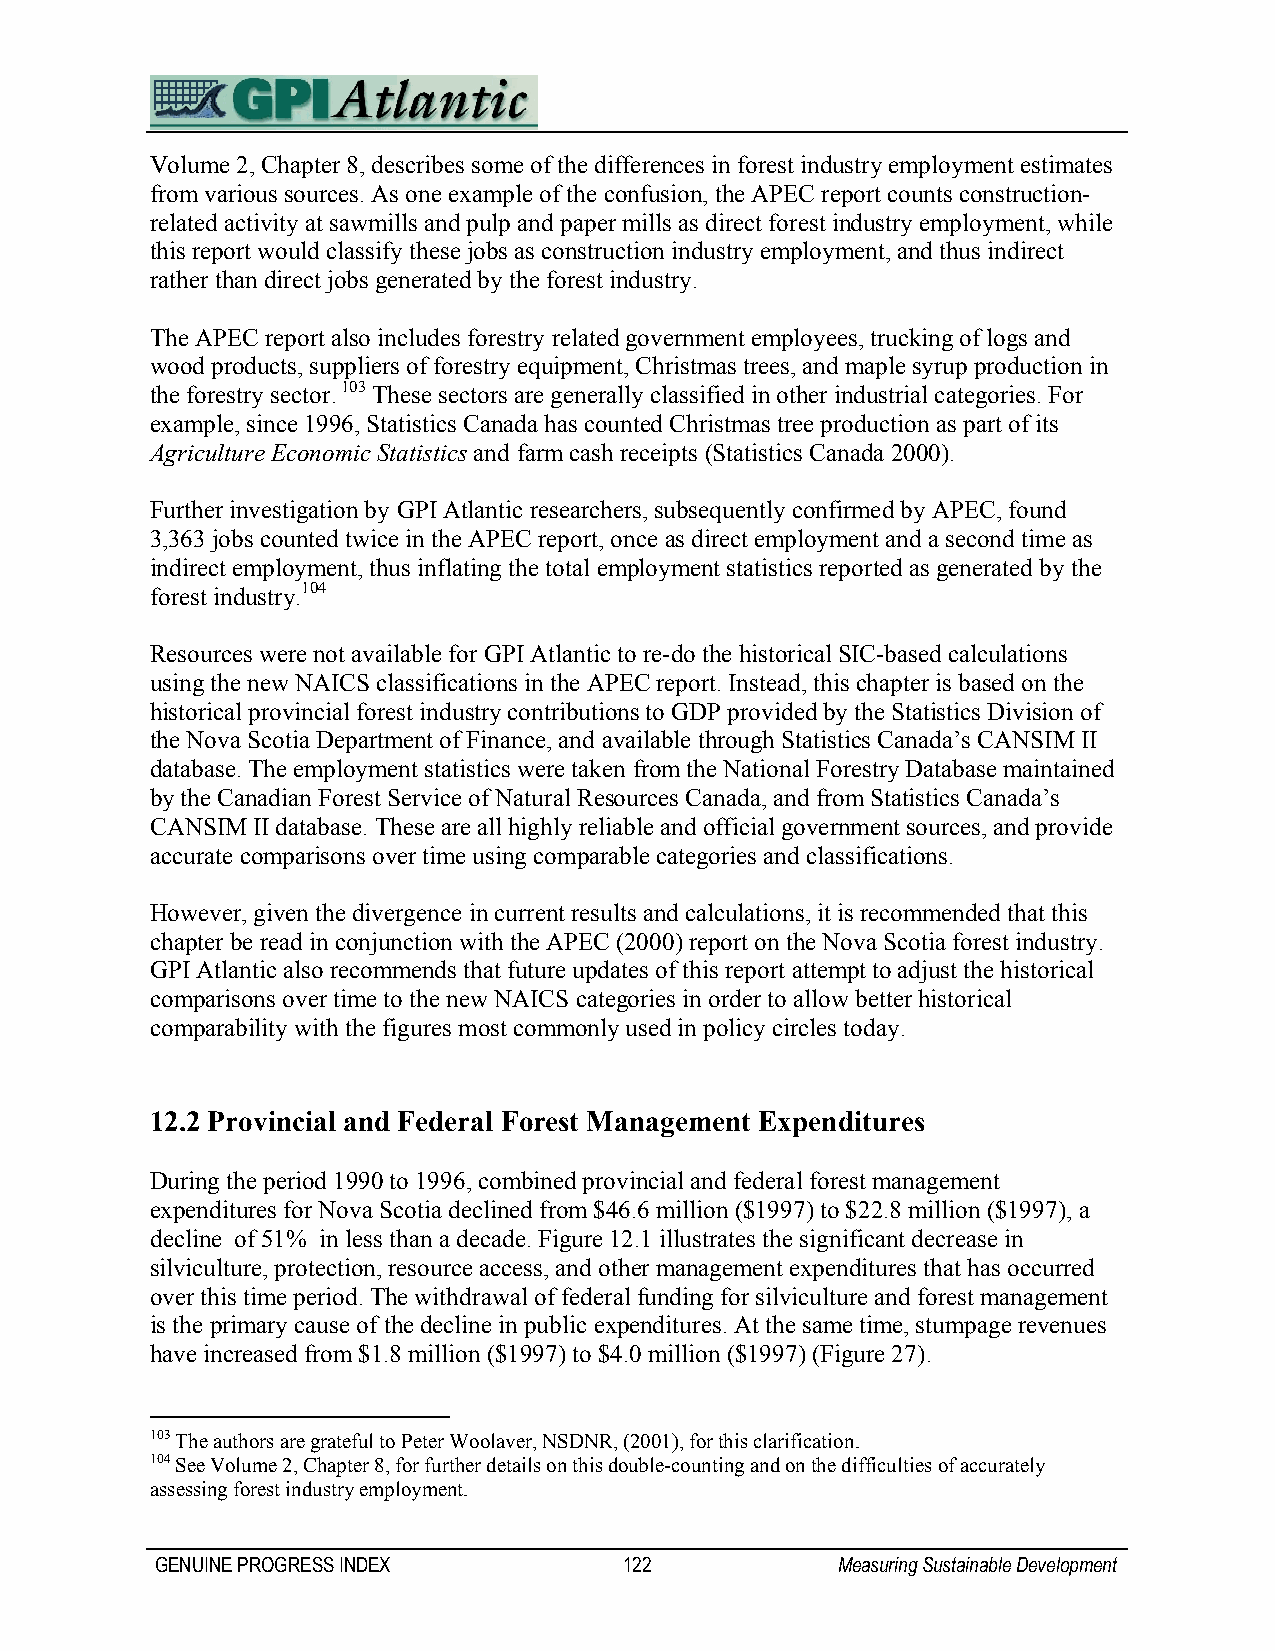
Volume 2, Chapter 8, describes some of the differences in forest industry employment estimates
 from various sources. As one example of the confusion, the APEC report counts construction-
 related activity at sawmills and pulp and paper mills as direct forest industry employment, while
 this report would classify these jobs as construction industry employment, and thus indirect
 rather than direct jobs generated by the forest industry.
 The APEC report also includes forestry related government employees, trucking of logs and
 wood products, suppliers of forestry equipment, Christmas trees, and maple syrup production in
 the forestry sector. 103 These sectors are generally classified in other industrial categories. For
 example, since 1996, Statistics Canada has counted Christmas tree production as part of its
 Agriculture Economic Statistics and farm cash receipts (Statistics Canada 2000).
 Further investigation by GPI Atlantic researchers, subsequently confirmed by APEC, found
 3,363 jobs counted twice in the APEC report, once as direct employment and a second time as
 indirect employment, thus inflating the total employment statistics reported as generated by the
 forest industry.104
 Resources were not available for GPI Atlantic to re-do the historical SIC-based calculations
 using the new NAICS classifications in the APEC report. Instead, this chapter is based on the
 historical provincial forest industry contributions to GDP provided by the Statistics Division of
 the Nova Scotia Department of Finance, and available through Statistics Canada’s CANSIM II
 database. The employment statistics were taken from the National Forestry Database maintained
 by the Canadian Forest Service of Natural Resources Canada, and from Statistics Canada’s
 CANSIM II database. These are all highly reliable and official government sources, and provide
 accurate comparisons over time using comparable categories and classifications.
 However, given the divergence in current results and calculations, it is recommended that this
 chapter be read in conjunction with the APEC (2000) report on the Nova Scotia forest industry.
 GPI Atlantic also recommends that future updates of this report attempt to adjust the historical
 comparisons over time to the new NAICS categories in order to allow better historical
 comparability with the figures most commonly used in policy circles today.
 12.2 Provincial and Federal Forest Management Expenditures
 During the period 1990 to 1996, combined provincial and federal forest management
 expenditures for Nova Scotia declined from $46.6 million ($1997) to $22.8 million ($1997), a
 decline of 51% in less than a decade. Figure 12.1 illustrates the significant decrease in
 silviculture, protection, resource access, and other management expenditures that has occurred
 over this time period. The withdrawal of federal funding for silviculture and forest management
 is the primary cause of the decline in public expenditures. At the same time, stumpage revenues
 have increased from $1.8 million ($1997) to $4.0 million ($1997) (Figure 27).
 103 The authors are grateful to Peter Woolaver, NSDNR, (2001), for this clarification.
 104 See Volume 2, Chapter 8, for further details on this double-counting and on the difficulties of accurately
 assessing forest industry employment.
 GENUINE PROGRESS INDEX         122           Measuring Sustainable Development